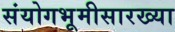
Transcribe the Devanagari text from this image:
संयोगभूमीसारख्या